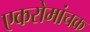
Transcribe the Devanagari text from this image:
एकरोमांचक